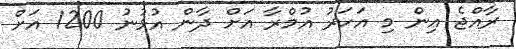
ރާއްޖެ އިން މި އަހަރު އުމްރާ އަށް ދާން އުޅުނު 1200 އަށް